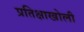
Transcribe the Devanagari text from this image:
प्रतिक्षाखोली